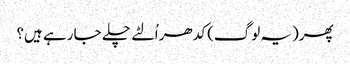
پھر(یہ لوگ) کدھر اُلٹے چلے جا رہے ہیں؟